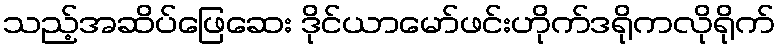
သည့်အဆိပ်ဖြေဆေး ဒိုင်ယာမော်ဖင်းဟိုက်ဒရိုကလိုရိုက်